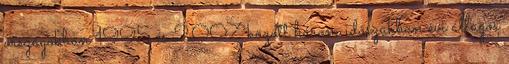
országokban 1995 és 2007 között három időszakban évi átlagos